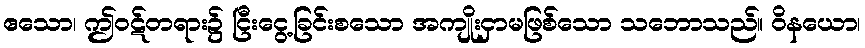
ဧသော၊ ဤဝဋ်တရား၌ ငြီးငွေ့ခြင်းစသော အကျိုးငှာမဖြစ်သော သဘောသည်။ ဝိနယော၊